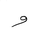
Letter: _waw